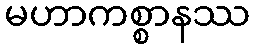
မဟာကစ္စာနဿ